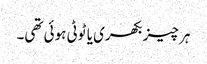
ہر چیز بکھری یا ٹوٹی ہوئی تھی۔